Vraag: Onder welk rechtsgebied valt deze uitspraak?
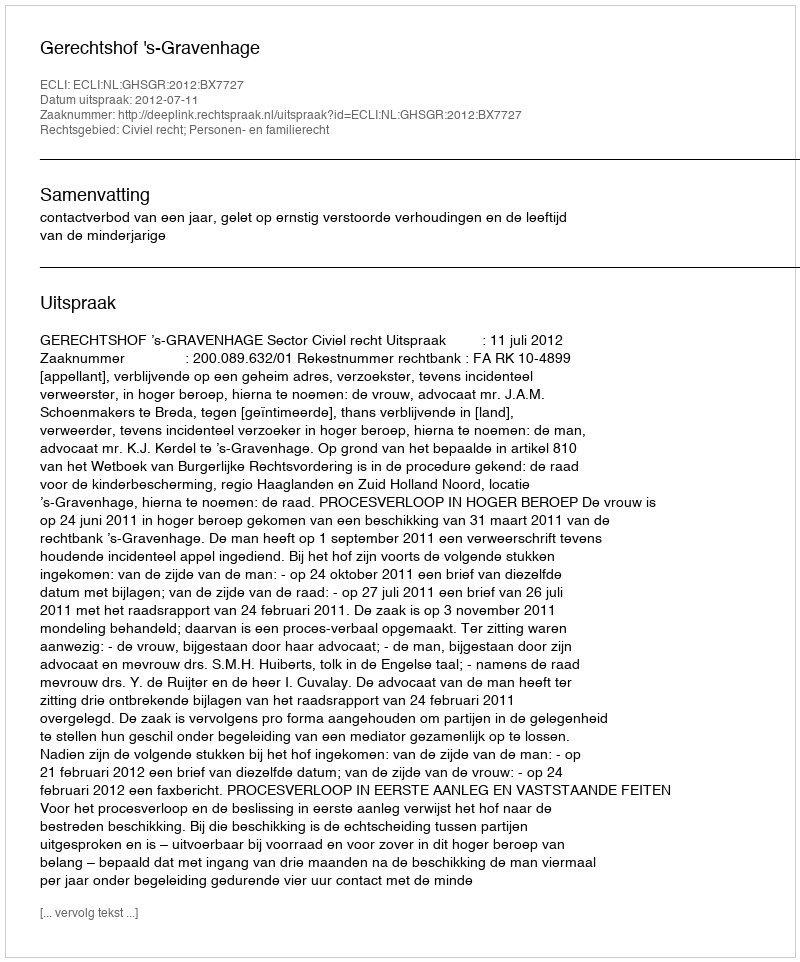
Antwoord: Civiel recht; Personen- en familierecht